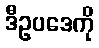
ဒီဥပဒေကို